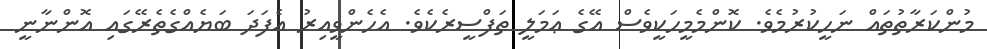
މުންކަރާތުތައް ނަހީކުރުމެވެ. ކޮންމެމީހަކީވެސް އޭގެ ޢަމަލީ ތަފްސީރެކެވެ. އެހެންވީއިރު އެފަދަ ބަޔެއްގެތެރޭގައި އޮންނާނީ